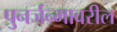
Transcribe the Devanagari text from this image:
पुनर्जन्मावरील